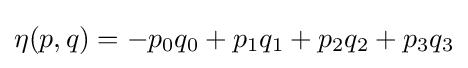
\eta (p,q)=-p_{0}q_{0}+p_{1}q_{1}+p_{2}q_{2}+p_{3}q_{3}